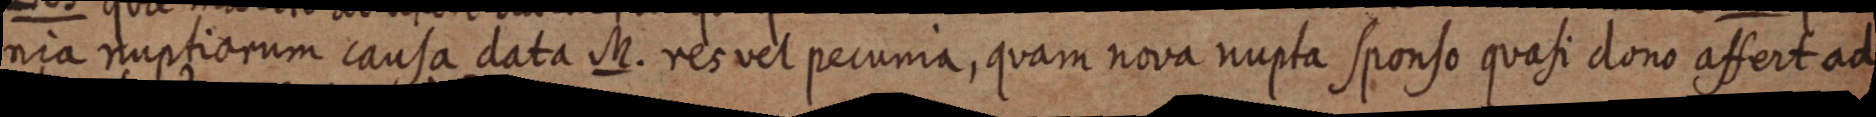
nia nuptiorum causa data M. res vel pecunia, quam nova nupta sponso quasi dono affert ad